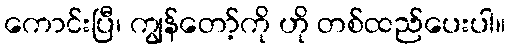
ကောင်းပြီ၊ ကျွန်တော့်ကို ဟို တစ်ထည်ပေးပါ။